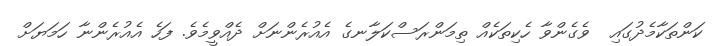
ކަންތަކާމެދުގައި  ވެގެންވާ ހެކިތަކެއް ތިމަންރަސްކަލާނގެ އެއުރެންނަށް ދެއްވީމެވެ. ފަހެ އެއުރެންނާ ހަމަޔަށް